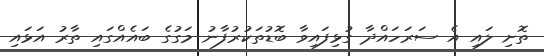
ތޮށި ލައި އެ ސަރަހައްދާ ގުޅިފައިވާ ބޮޑުތަކުރުފާނު މަގުގެ ބައެއްގައި ތާރު އަޅައި